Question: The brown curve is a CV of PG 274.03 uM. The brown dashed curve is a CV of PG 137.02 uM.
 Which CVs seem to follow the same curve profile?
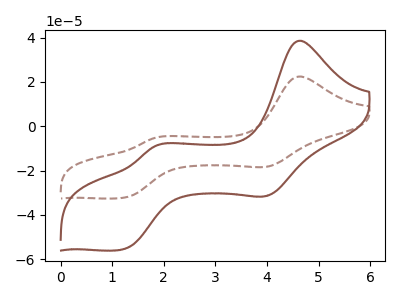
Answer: <think>The brown curve "PG 274.03 uM" has anodic peaks at (4.65V, 38.60uA) (1.85V, -8.90uA) and cathodic peaks at (4.00V, -31.15uA) (1.20V, -55.60uA). The brown dashed curve "PG 137.02 uM" has anodic peaks at (4.65V, 22.45uA) (1.85V, -5.20uA) and cathodic peaks at (4.00V, -18.10uA) (1.20V, -32.35uA).
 All the peaks in "PG 274.03 uM" have a peak in "PG 137.02 uM" at the same potential.</think>
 <answer>"PG 274.03 uM" and "PG 137.02 uM" have the same shape and are likely CV's of the same chemical.</answer>
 <eval>"PG 274.03 uM" "PG 137.02 uM"</eval>